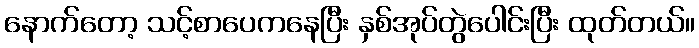
နောက်တော့ သင့်စာပေကနေပြီး နှစ်အုပ်တွဲပေါင်းပြီး ထုတ်တယ်။